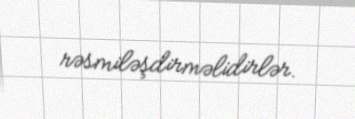
rəsmiləşdirməlidirlər.